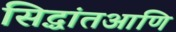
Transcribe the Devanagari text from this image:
सिद्धांतआणि